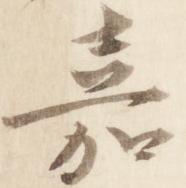
嘉